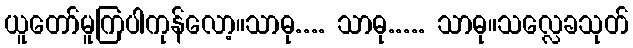
ယူတော်မူကြပါကုန်လော့။သာဓု.... သာဓု..... သာဓု။သလ္လေခသုတ်